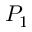
P _ { 1 }